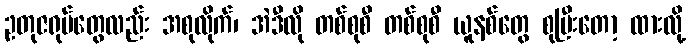
ဥတုဇရုပ်တွေလည်း အစုလိုက်၊ အဲဒီလို တစ်စုစီ တစ်စုစီ ယူနစ်တွေ စုပြီးတော့ ထားလို့